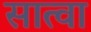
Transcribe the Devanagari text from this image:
सात्वा